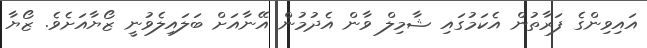
އައިވިންގެ ފަރާތުން އެކަމުގައި ޝާމިލް ވާން އެދުުމުން އޭނާއަށް ބަލައިލެވުނީ ޒޯޔާއަށެވެ. ޒޯޔާ